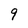
Character: 9